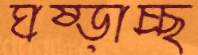
ঘষ্‌ড়াচ্ছ